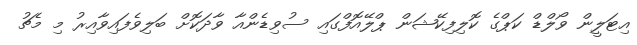
އިޓަލީން ވޯލްޑް ކަޕްގެ ކޮލިފިކޭޝަން ޕްލޭއޮފްގައި ސުވިޑެންއާ ވާދަކޮށް ބަލިވެފައިވާއިރު މި މެޗު